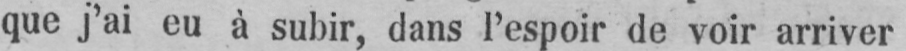
que j’ai eu à subir, dans l’espoir de voir arriver